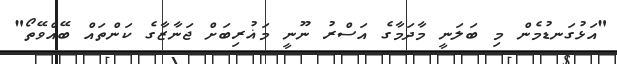
"އަޅުގަނޑުމެން މި ބަލަނީ މާދަމާގެ އަސްރު ނޫނީ މަޣުރިބަށް ޖަނާޒާގެ ކަންތައް ބޭއްވޭތޯ"